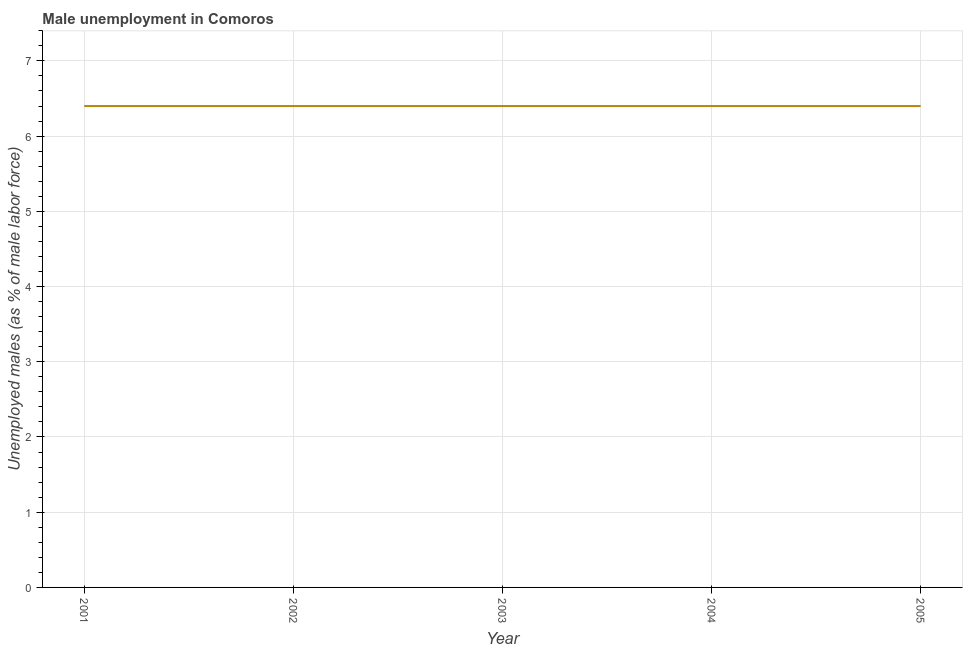
| Year | Unemployment |
 | --- | --- |
 | 2001 | 6.4 |
 | 2002 | 6.4 |
 | 2003 | 6.4 |
 | 2004 | 6.4 |
 | 2005 | 6.4 |